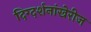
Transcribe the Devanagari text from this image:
दिग्दर्शनांखेरीज